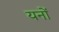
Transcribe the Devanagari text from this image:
यनों